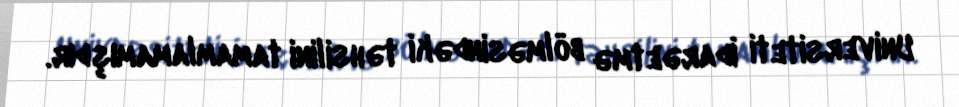
Universiteti İdarəetmə bölməsindəki təhsilini tamamlamamışdır.